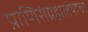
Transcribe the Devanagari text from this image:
प्राणिसंग्रहालयाचा